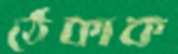
ঠেকাক